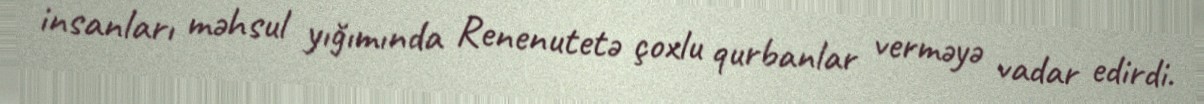
insanları məhsul yığımında Renenutetə çoxlu qurbanlar verməyə vadar edirdi.